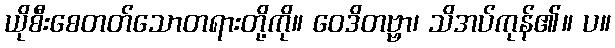
ယိုစီးစေတတ်သောတရားတို့ကို။ ဝေဒိတဗ္ဗာ၊ သိအပ်ကုန်၏။ ပ။